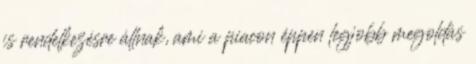
is rendelkezésre állnak, ami a piacon éppen legjobb megoldás